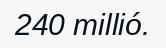
240 millió.